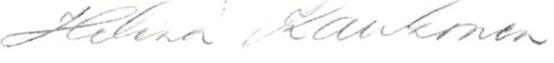
Helena Kaukonen